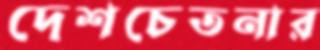
দেশচেতনার